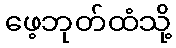
ဖေ့ဘုတ်ထံသို့